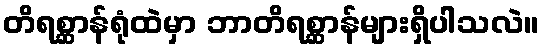
တိရစ္ဆာန်ရုံထဲမှာ ဘာတိရစ္ဆာန်များရှိပါသလဲ။